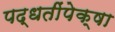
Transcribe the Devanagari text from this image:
पद्धतींपेक्षा